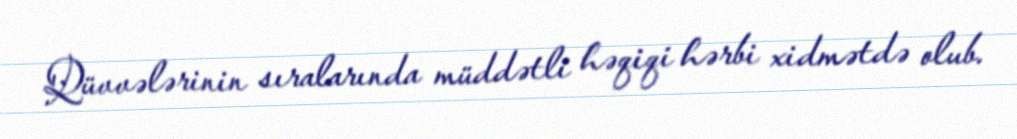
Qüvvələrinin sıralarında müddətli həqiqi hərbi xidmətdə olub.